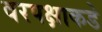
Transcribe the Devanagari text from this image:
वरपक्षाकडे